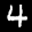
Label: 4